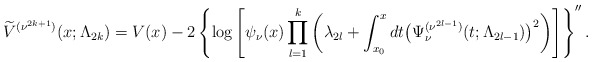
\begin{gather*} \widetilde{V}^{( \nu ^{2k+1}) }(x;\Lambda _{2k})=V(x)-2\left\{ \log \left[\psi _{\nu }(x)\prod\limits_{l=1}^{k}\left( \lambda _{2l}+\int_{x_{0}}^{x}dt\big( \Psi _{\nu }^{( \nu ^{2l-1}) }(t;\Lambda _{2l-1})\big) ^{2}\right) \right]\right\} ^{\prime \prime }.\end{gather*}